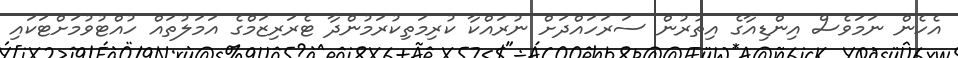
އެހެން ނަމަވެސް އިންޑިއާގެ އިތުރުން ސަރަހައްދަށް ނުރައްކާ ކުރިމަތިކުރަމުންދާ ޓެރަރިޒަމްގެ އަމަލުތައް ހުއްޓުވުމަށްޓަކައި